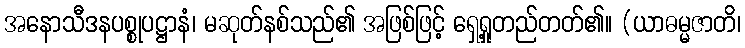
အနောသီဒနပစ္စုပဋ္ဌာနံ၊ မဆုတ်နစ်သည်၏ အဖြစ်ဖြင့် ရှေ့ရှုတည်တတ်၏။ (ယာဓမ္မဇာတိ၊